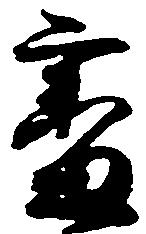
審